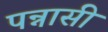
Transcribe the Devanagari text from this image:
पन्नासी